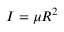
I = \mu R ^ { 2 }